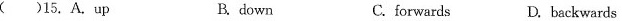
( )15. A.up B. down C. forwards D. backwards